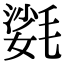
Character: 𣯌